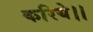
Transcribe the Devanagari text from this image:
करिये।।